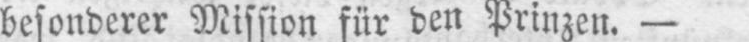
besonderer Mission für den Prinzen. -